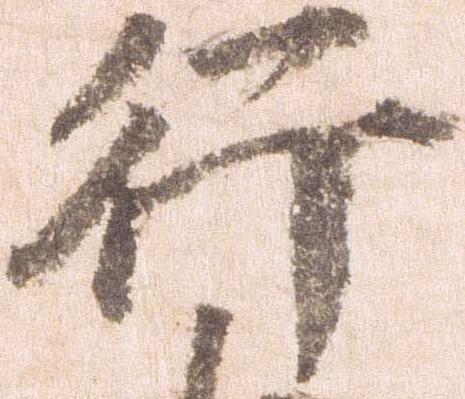
行